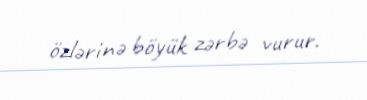
özlərinə böyük zərbə vurur.